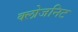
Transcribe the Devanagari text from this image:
क्लोजनिट